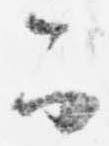
可